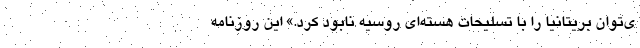
ی‌توان بریتانیا را با تسلیحات هسته‌ای روسیه نابود کرد.» این روزنامه